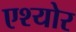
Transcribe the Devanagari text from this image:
एश्योर